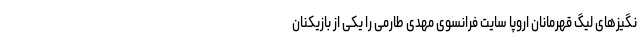
نگیزهای لیگ قهرمانان اروپا سایت فرانسوی مهدی طارمی را یکی از بازیکنان